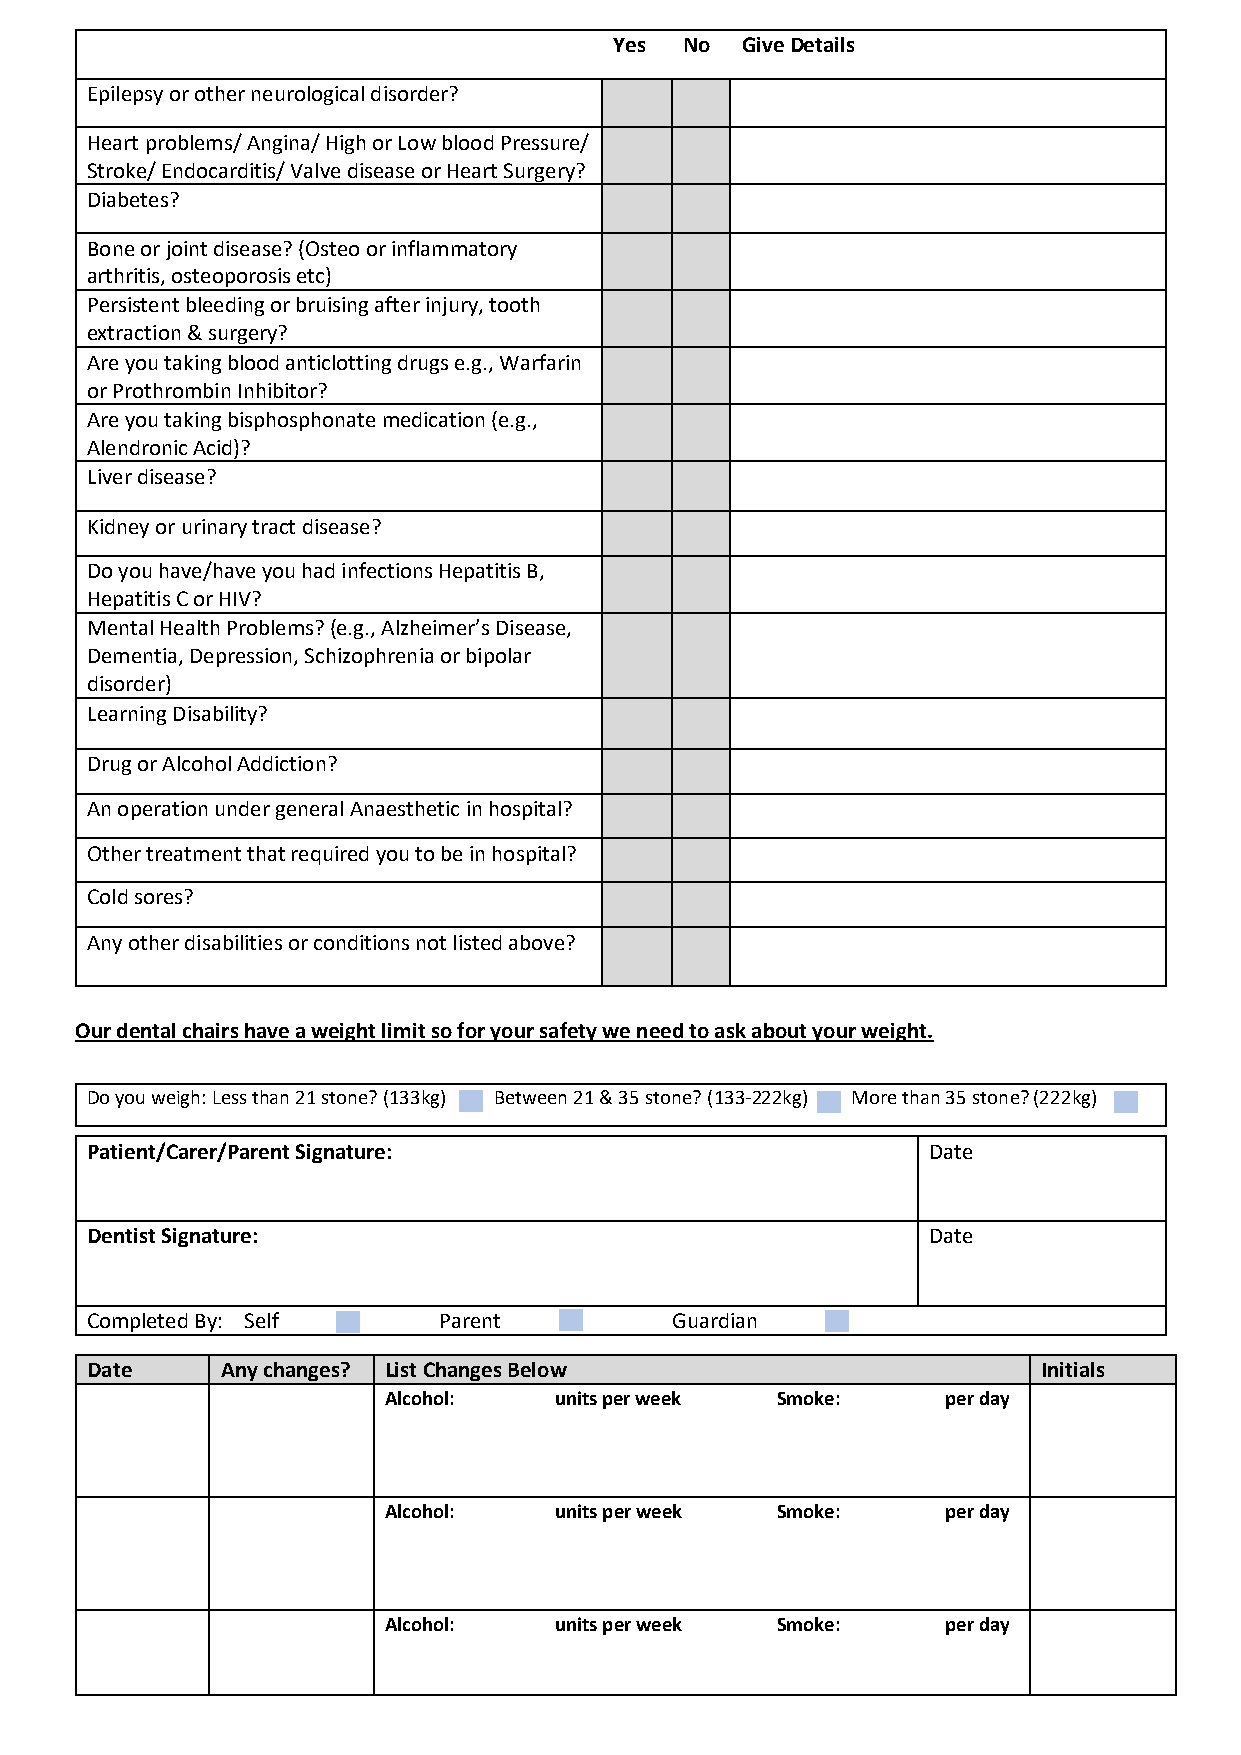
Yes No  Give Details
 Epilepsy or other neurological disorder?
 Heart problems/ Angina/ High or Low blood Pressure/
 Stroke/ Endocarditis/ Valve disease or Heart Surgery?
 Diabetes?
 Bone or joint disease? (Osteo or inflammatory
 arthritis, osteoporosis etc)
 Persistent bleeding or bruising after injury, tooth
 extraction & surgery?
 Are you taking blood anticlotting drugs e.g., Warfarin
 or Prothrombin Inhibitor?
 Are you taking bisphosphonate medication (e.g.,
 Alendronic Acid)?
 Liver disease?
 Kidney or urinary tract disease?
 Do you have/have you had infections Hepatitis B,
 Hepatitis C or HIV?
 Mental Health Problems? (e.g., Alzheimer’s Disease,
 Dementia, Depression, Schizophrenia or bipolar
 disorder)
 Learning Disability?
 Drug or Alcohol Addiction?
 An operation under general Anaesthetic in hospital?
 Other treatment that required you to be in hospital?
 Cold sores?
 Any other disabilities or conditions not listed above?
 Our dental chairs have a weight limit so for your safety we need to ask about your weight.
 Do you weigh: Less than 21 stone? (133kg) Between 21 & 35 stone? (133-222kg) More than 35 stone? (222kg)
 Patient/Carer/Parent Signature:                        Date
 Dentist Signature:                                     Date
 Completed By: Self     Parent         Guardian
 Date     Any changes? List Changes Below                       Initials
 Alcohol:    units per week Smoke:     per day
 Alcohol:    units per week Smoke:     per day
 Alcohol:    units per week Smoke:     per day